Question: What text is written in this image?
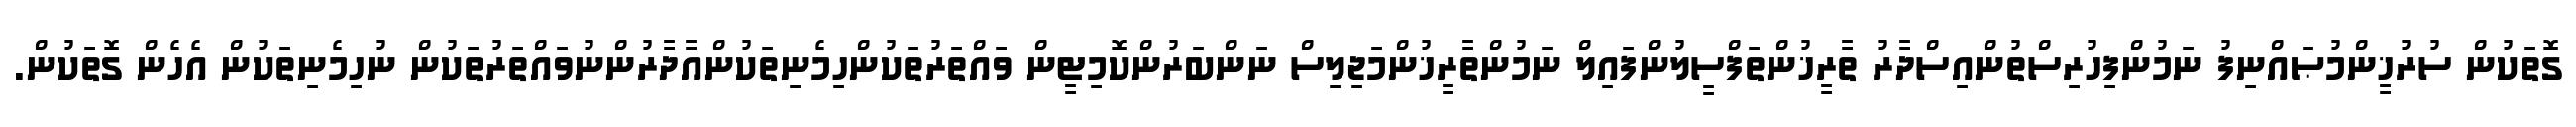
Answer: ގޮތަކުން ސުރުޚީންމުޞައްނިފު ނަމުންފިހުރިސްތުންއިސްދާރު ތާރީޚުންތަފްސީލުންފައިލް ނަމުންތާރީޚުންމަޖިލިސް ނަންބަރުންކޮމިޓީން ވައްތަރުތަކުންހިމެނިތަކުންއާދާރުންނުވައްތަރުތަކުން ނުހިމެނިތަކުން އެހެން ގޮތަކުން.